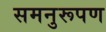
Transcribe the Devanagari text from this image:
समनुरूपण